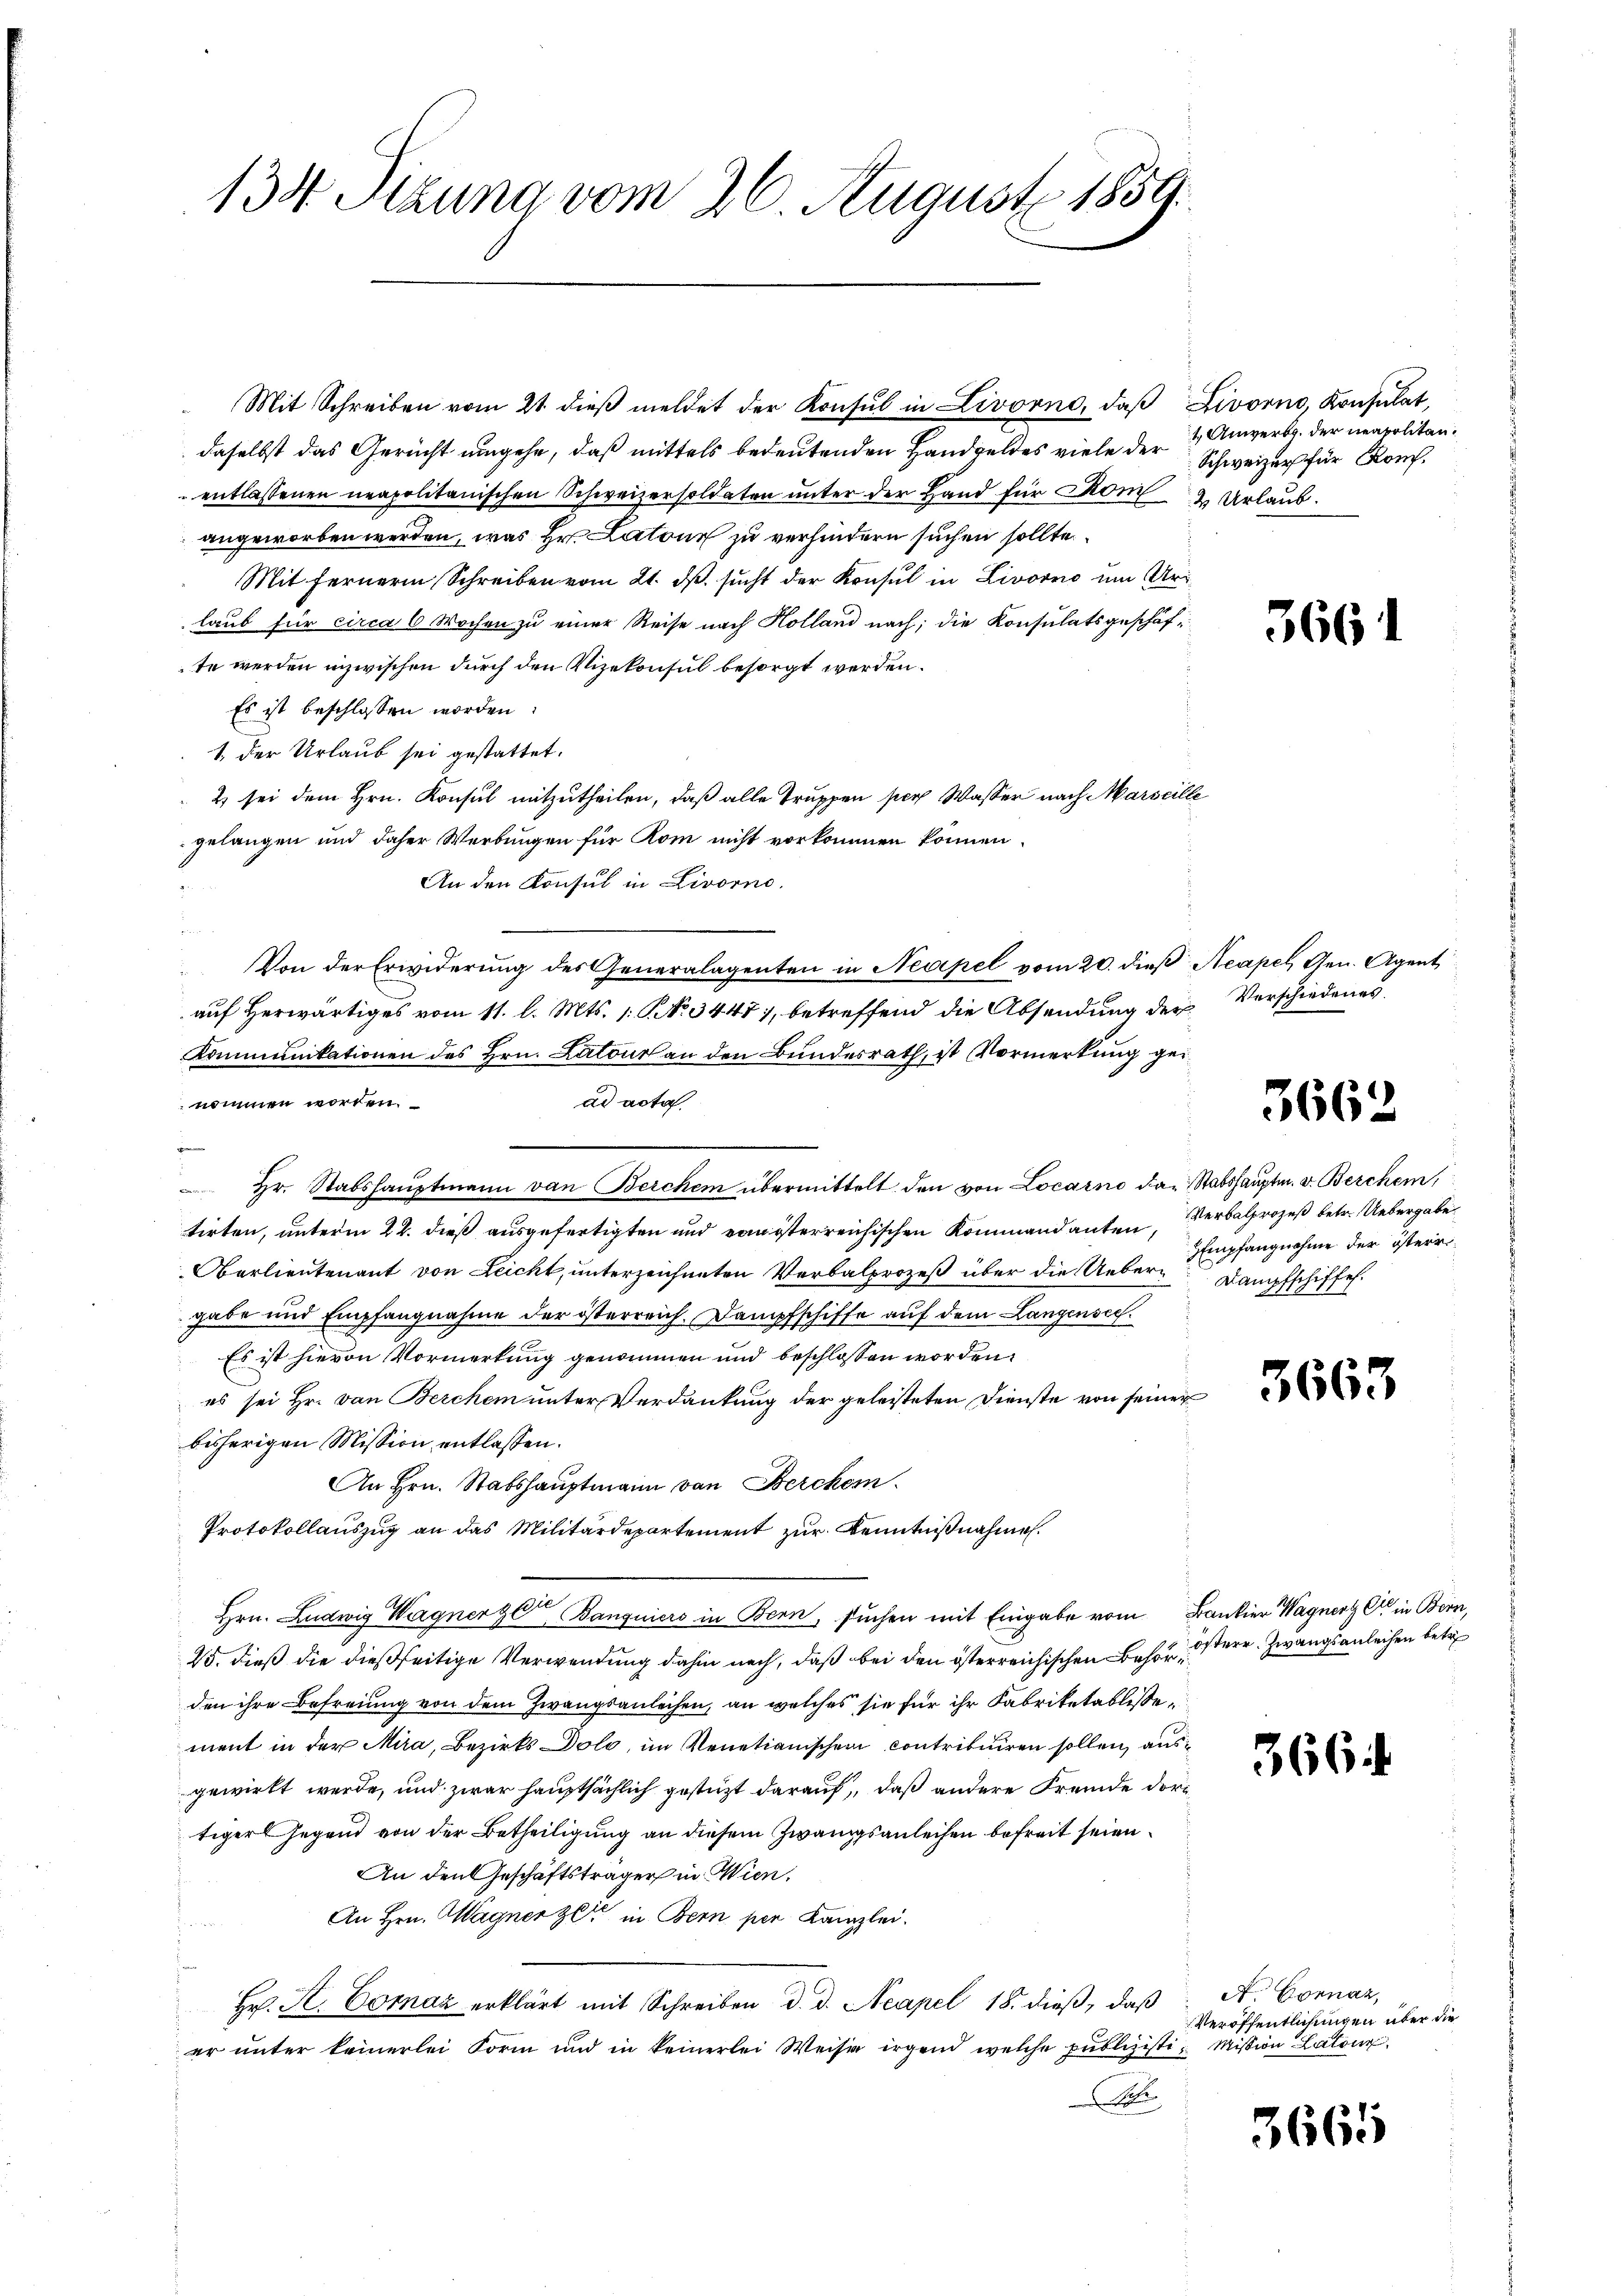
134. Sizung vom 26. August 1859.

Mit Schreiben vom 21. dieβ meldet der Konsul in Livorno, daβ Livorno, Konsulat,
daselbst das Gericht umgehe, daß mittels bedeutenden Handgeldes viele der Schweizer für Konentlassenen neapolitanischen Schweizersoldaten unter der Hand für Rom Urlaubangeworben werden, was Hr. Latone zu verhindern suchen sollte
Mit ferner Schreiben vom 21. dβ. sucht der Konsul in Livorno um Urlaub für circa 6 Wochen zu einer Reise nach Holland nach; die Konsulatsgeschäfte werden inzwischen durch den Vizekonsul besorgt werden.
Es ist beschlossen worden.
1. der Urlaub sei gestattet.
2 sei dem Hrn. Konsul mitzutheilen, daß alle Truppen per Wasser nach Marseille
gelangen und daher Werbungen für Rom nicht vorkommen können.
An den Konsul in Livorno.
auf Herwärtiges vom 11. l. Mts. 1. No. 3447, betreffend die Absendung der Verschiedenes
Kommunikationen des Hrn. Latour an den Bundesrath, ist Vormerkung genommen worden.
ad acta
d
Hr. Stabshauptmann von Berchen übermittelt den von Locarno das Stabshauptm. v. Berchen,
tirten, unterm 22. dieß ausgefertigten und vom österreichischen Kommandanten, Verbalprozeß betr. Uebergabe
Oberlieutenant von Leicht, unterzeichneten Verbalprozeß über die Ueber Dampfschiffe
gabe und Empfangnahme der österreich. Dampfschiffe auf dem Langensee.
Es ist hievon Vormerkung genommen und beschlossen worden.
es sei Hr. von Berchen unter Verdankung der geleisteten Dienste von seiner
bisherigen Mission entlassen.
An Hrn. Stabshauptmann von Berchern.
Protokollauszug an das Militärdepartement zur Kenntnißnahme.
Hrn. Ludwig Wagner ze Banquiers in Bern, suchen mit Eingabe vom Bankier Wagner C in Bern,
25. dieß die dießseitige Verwendung dahin nach, daß bei den österreichischen Besterr. Zwangsanleihen betr
den ihre Befreiung von dem Zwangsanleihen, an welches sie für ihr Fabriketablisse
ment in der Mira, Bezirks Dolo, im Venetianischen contribuiren sollen, ausgewirkt werde, und zwar hauptsächlich gestützt darauf, daß andere Fremde dortiger Gegend von der Betheiligung an diesem Zwangsanleihen befreit seien
An den Geschäftsträger in Wien,
An Hrn. Wagner ze in Bern per Kanzlei.
 2
Hr. K. Coraz erklärt mit Schreiben d. d. Neapel 18. dieß, daß
er unter keinerlei Form und in keinerlei Weise irgend welche publizisti, Mission Latone
A

Von der Erwiderŭng des Generalagenten in Neapel vom 20. dieβ Neapel, Gen. Agent

1. Anwerbg. der neapolitan.

366

.

3662

Empfangnahme der österr

5663

366

A. Cornaz,
Veröffentlichungen über die

3665